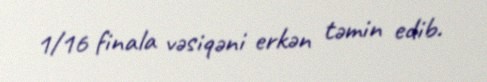
1/16 finala vəsiqəni erkən təmin edib.